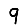
Digit: 9